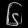
Digit: ၆